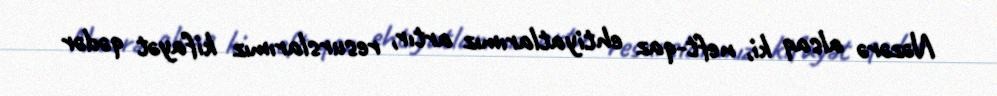
Nəzərə alsaq ki, neft-qaz ehtiyatlarımız artır, resurslarımız kifayət qədər